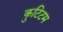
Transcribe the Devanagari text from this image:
कुटिटम